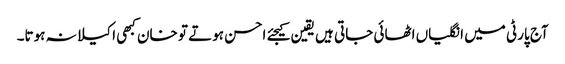
آج پارٹی میں انگلیاں اٹھائی جاتی ہیں یقین کیجئے احسن ہوتے تو خان کبھی اکیلا نہ ہوتا۔